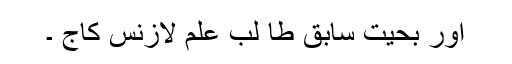
اور بحیت سابق طا لب علم لازنس کاج ۔